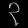
Digit: ၃